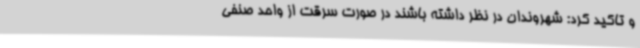
و تاکید کرد: شهروندان در نظر داشته باشند در صورت سرقت از واحد صنفی